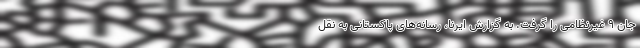
جان ۹ غیرنظامی را گرفت. به گزارش ایرنا، رسانه‌های پاکستانی به نقل